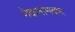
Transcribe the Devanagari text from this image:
नेकनामदार